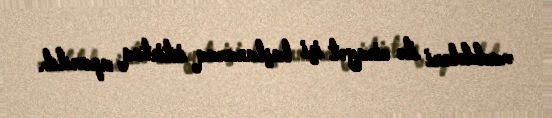
maddələri ilə cinayət işi başlanaraq istintaq aparılıb.